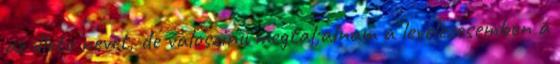
az illeto nevet, de valoszinu megtal;alnam a levelezesemben a